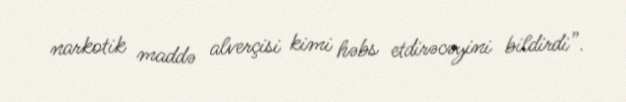
narkotik maddə alverçisi kimi həbs etdirəcəyini bildirdi”.